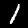
Digit: 1